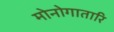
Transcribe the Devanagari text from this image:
मोनोगातारि